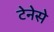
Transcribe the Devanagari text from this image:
टेनेसे